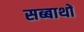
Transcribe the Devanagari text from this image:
सब्बाथों